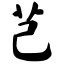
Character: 芑